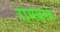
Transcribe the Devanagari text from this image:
रामयन्त्र